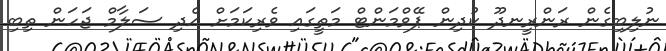
ނުލިބިގެން ރަންރީނދޫ ކުދިން ޕޭވްމަންޓް މަތީގައި ވެރިކަމަށް އެދި ސަލާމް ޖަހަން ތިބި